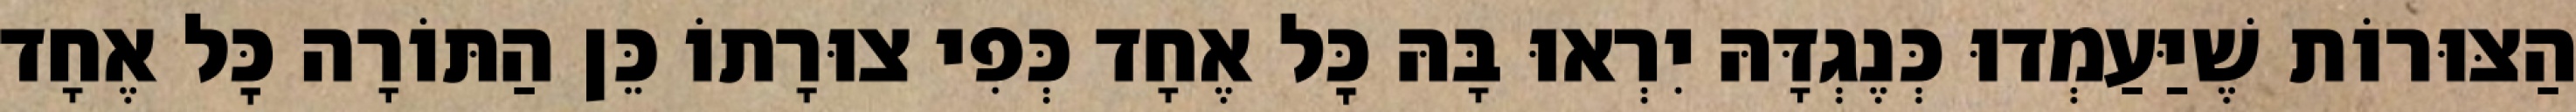
הַצּוּרוֹת שֶׁיַּעַמְדוּ כְּנֶגְדָּהּ יִרְאוּ בָּהּ כׇּל אֶחָד כְּפִי צוּרָתוֹ כֵּן הַתּוֹרָה כׇּל אֶחָד